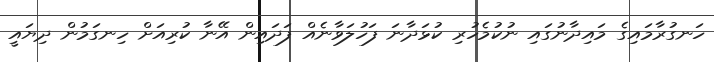
ހަނގުރާމައިގެ މައިދާނުގައި ނުކުމެހުރި ކުޅަދާނަ ފަހުލަވާނެއް ފަދައިން އޭނާ ކުރިއަށް ހިނގަމުން ދިޔައީ